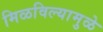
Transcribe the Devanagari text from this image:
मिळविल्यामुळे